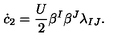
\dot { c } _ { 2 } = \frac { U } 2 \beta ^ { I } \beta ^ { J } \lambda _ { I J } .